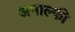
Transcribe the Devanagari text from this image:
अमाल्फी